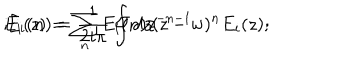
E _ { i } ( z ) = \sum _ { n } E _ { i } ( n ) z ^ { - n - 1 } \hspace { 5 m m } ; \hspace { 5 m m } E _ { i } ( n ) = \frac { 1 } { 2 i \pi } \oint { d z ( z - w ) ^ { n } E _ { i } ( z ) } ;